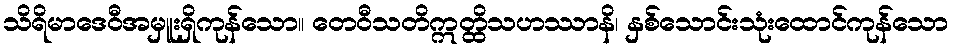
သိရိမာဒေဝီအမှူးရှိကုန်သော။ တေဝီသတိဣတ္ထိသဟဿာနိ၊ နှစ်သောင်းသုံးထောင်ကုန်သော